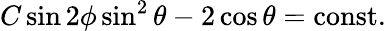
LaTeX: C\sin 2\phi\sin^{2}\theta-2\cos\theta=\textrm{const}.